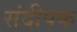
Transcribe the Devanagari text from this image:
संदीपक